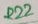
Text: R22